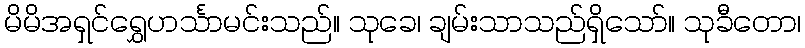
မိမိအရှင်ရွှေဟင်္သာမင်းသည်။ သုခေ၊ ချမ်းသာသည်ရှိသော်။ သုခီတော၊